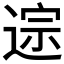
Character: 𫐱